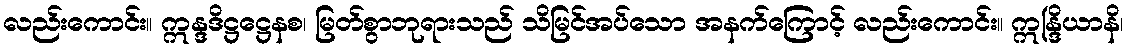
လည်းကောင်း။ ဣန္ဒဒိဋ္ဌဋ္ဌေနစ၊ မြတ်စွာဘုရားသည် သိမြင်အပ်သော အနက်ကြောင့် လည်းကောင်း။ ဣန္ဒြိယာနိ၊